Annual report of the Punjab Veterinary College and of the Civil Veterinary Department, Punjab - 1909-1919
Year: 1909
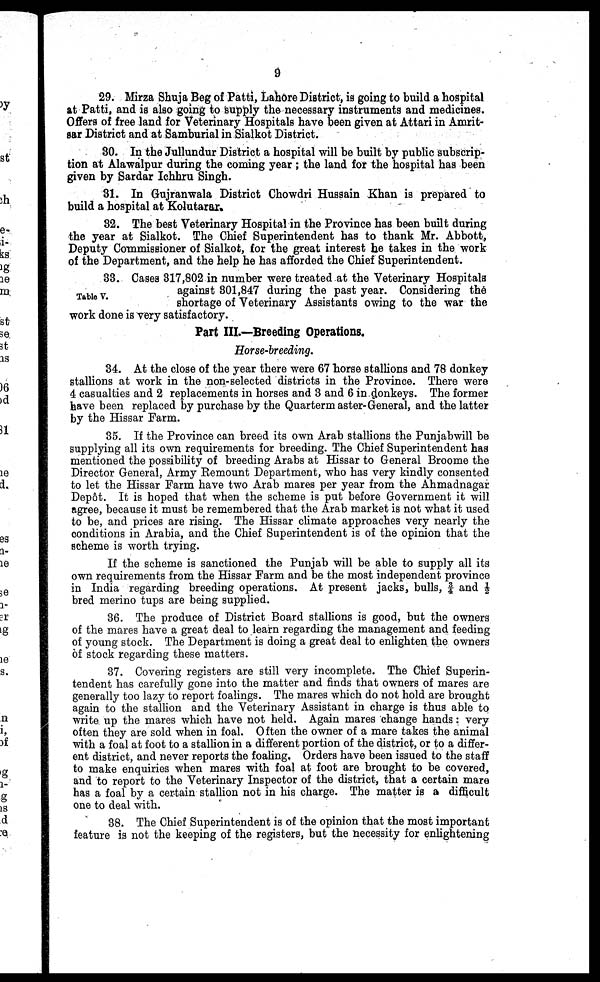
9
29. Mirza Shuja Beg of Patti, Lahore District, is going to build a hospital
at Patti, and is also going to supply the necessary instruments and medicines.
Offers of free land for Veterinary Hospitals have been given at Attari in Amrit-
sar District and at Samburial in Sialkot District.
30. In the Jullundur District a hospital will be built by public subscrip-
tion at Alawalpur during the coming year; the land for the hospital has been
given by Sardar Ichhru Singh.
31. In Gujranwala District Chowdri Hussain Khan is prepared to
build a hospital at Kolutarar.
82. The best Veterinary Hospital in the Province has been built during
the year at Sialkot. The Chief Superintendent has to thank Mr. Abbott,
Deputy Commissioner of Sialkot, for the great interest he takes in the work
of the Department, and the help he has afforded the Chief Superintendent.
Table V.
33. Cases 317,802 in number were treated at the Veterinary Hospitals
against 301,847 during the past year. Considering the
shortage of Veterinary Assistants owing to the war the
work done is very satisfactory.
Part III.—Breeding Operations.
Horse-breeding.
34. At the close of the year there were 67 horse stallions and 78 donkey
stallions at work in the non-selected districts in the Province. There were
4 casualties and 2 replacements in horses and 3 and 6 in donkeys. The former
have been replaced by purchase by the Quartermaster-General, and the latter
by the Hissar Farm.
35. If the Province can breed its own Arab stallions the Punjabwill be
supplying all its own requirements for breeding. The Chief Superintendent has
mentioned the possibility of breeding Arabs at Hissar to General Broome the
Director General, Army Remount Department, who has very kindly consented
to let the Hissar Farm have two Arab mares per year from the Ahmadnagar
Depôt. It is hoped that when the scheme is put before Government it will
agree, because it must be remembered that the Arab market is not what it used
to be, and prices are rising. The Hissar climate approaches very nearly the
conditions in Arabia, and the Chief Superintendent is of the opinion that the
scheme is worth trying.
If the scheme is sanctioned the Punjab will be able to supply all its
own requirements from the Hissar Farm and be the most independent province
in India regarding breeding operations. At present jacks, bulls, ¾ and ½
bred merino tups are being supplied.
36. The produce of District Board stallions is good, but the owners
of the mares have a great deal to learn regarding the management and feeding
of young stock. The Department is doing a great deal to enlighten the owners
of stock regarding these matters.
37. Covering registers are still very incomplete. The Chief Superin-
tendent has carefully gone into the matter and finds that owners of mares are
generally too lazy to report foalings. The mares which do not hold are brought
again to the stallion and the Veterinary Assistant in charge is thus able to
write up the mares which have not held. Again mares change hands: very
often they are sold when in foal. Often the owner of a mare takes the animal
with a foal at foot to a stallion in a different portion of the district, or to a differ-
ent district, and never reports the foaling. Orders have been issued to the staff
to make enquiries when mares with foal at foot are brought to be covered,
and to report to the Veterinary Inspector of the district, that a certain mare
has a foal by a certain stallion not in his charge. The matter is a difficult
one to deal with.
38. The Chief Superintendent is of the opinion that the most important
feature is not the keeping of the registers, but the necessity for enlightening